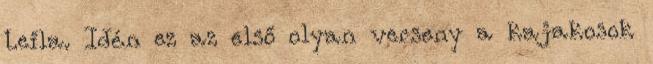
Leila. Idén ez az első olyan verseny a kajakosok